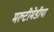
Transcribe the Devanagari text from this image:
मल्टीमेडीया